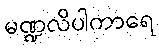
မဏ္ဍလိပါကာရေ